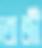
তাজী